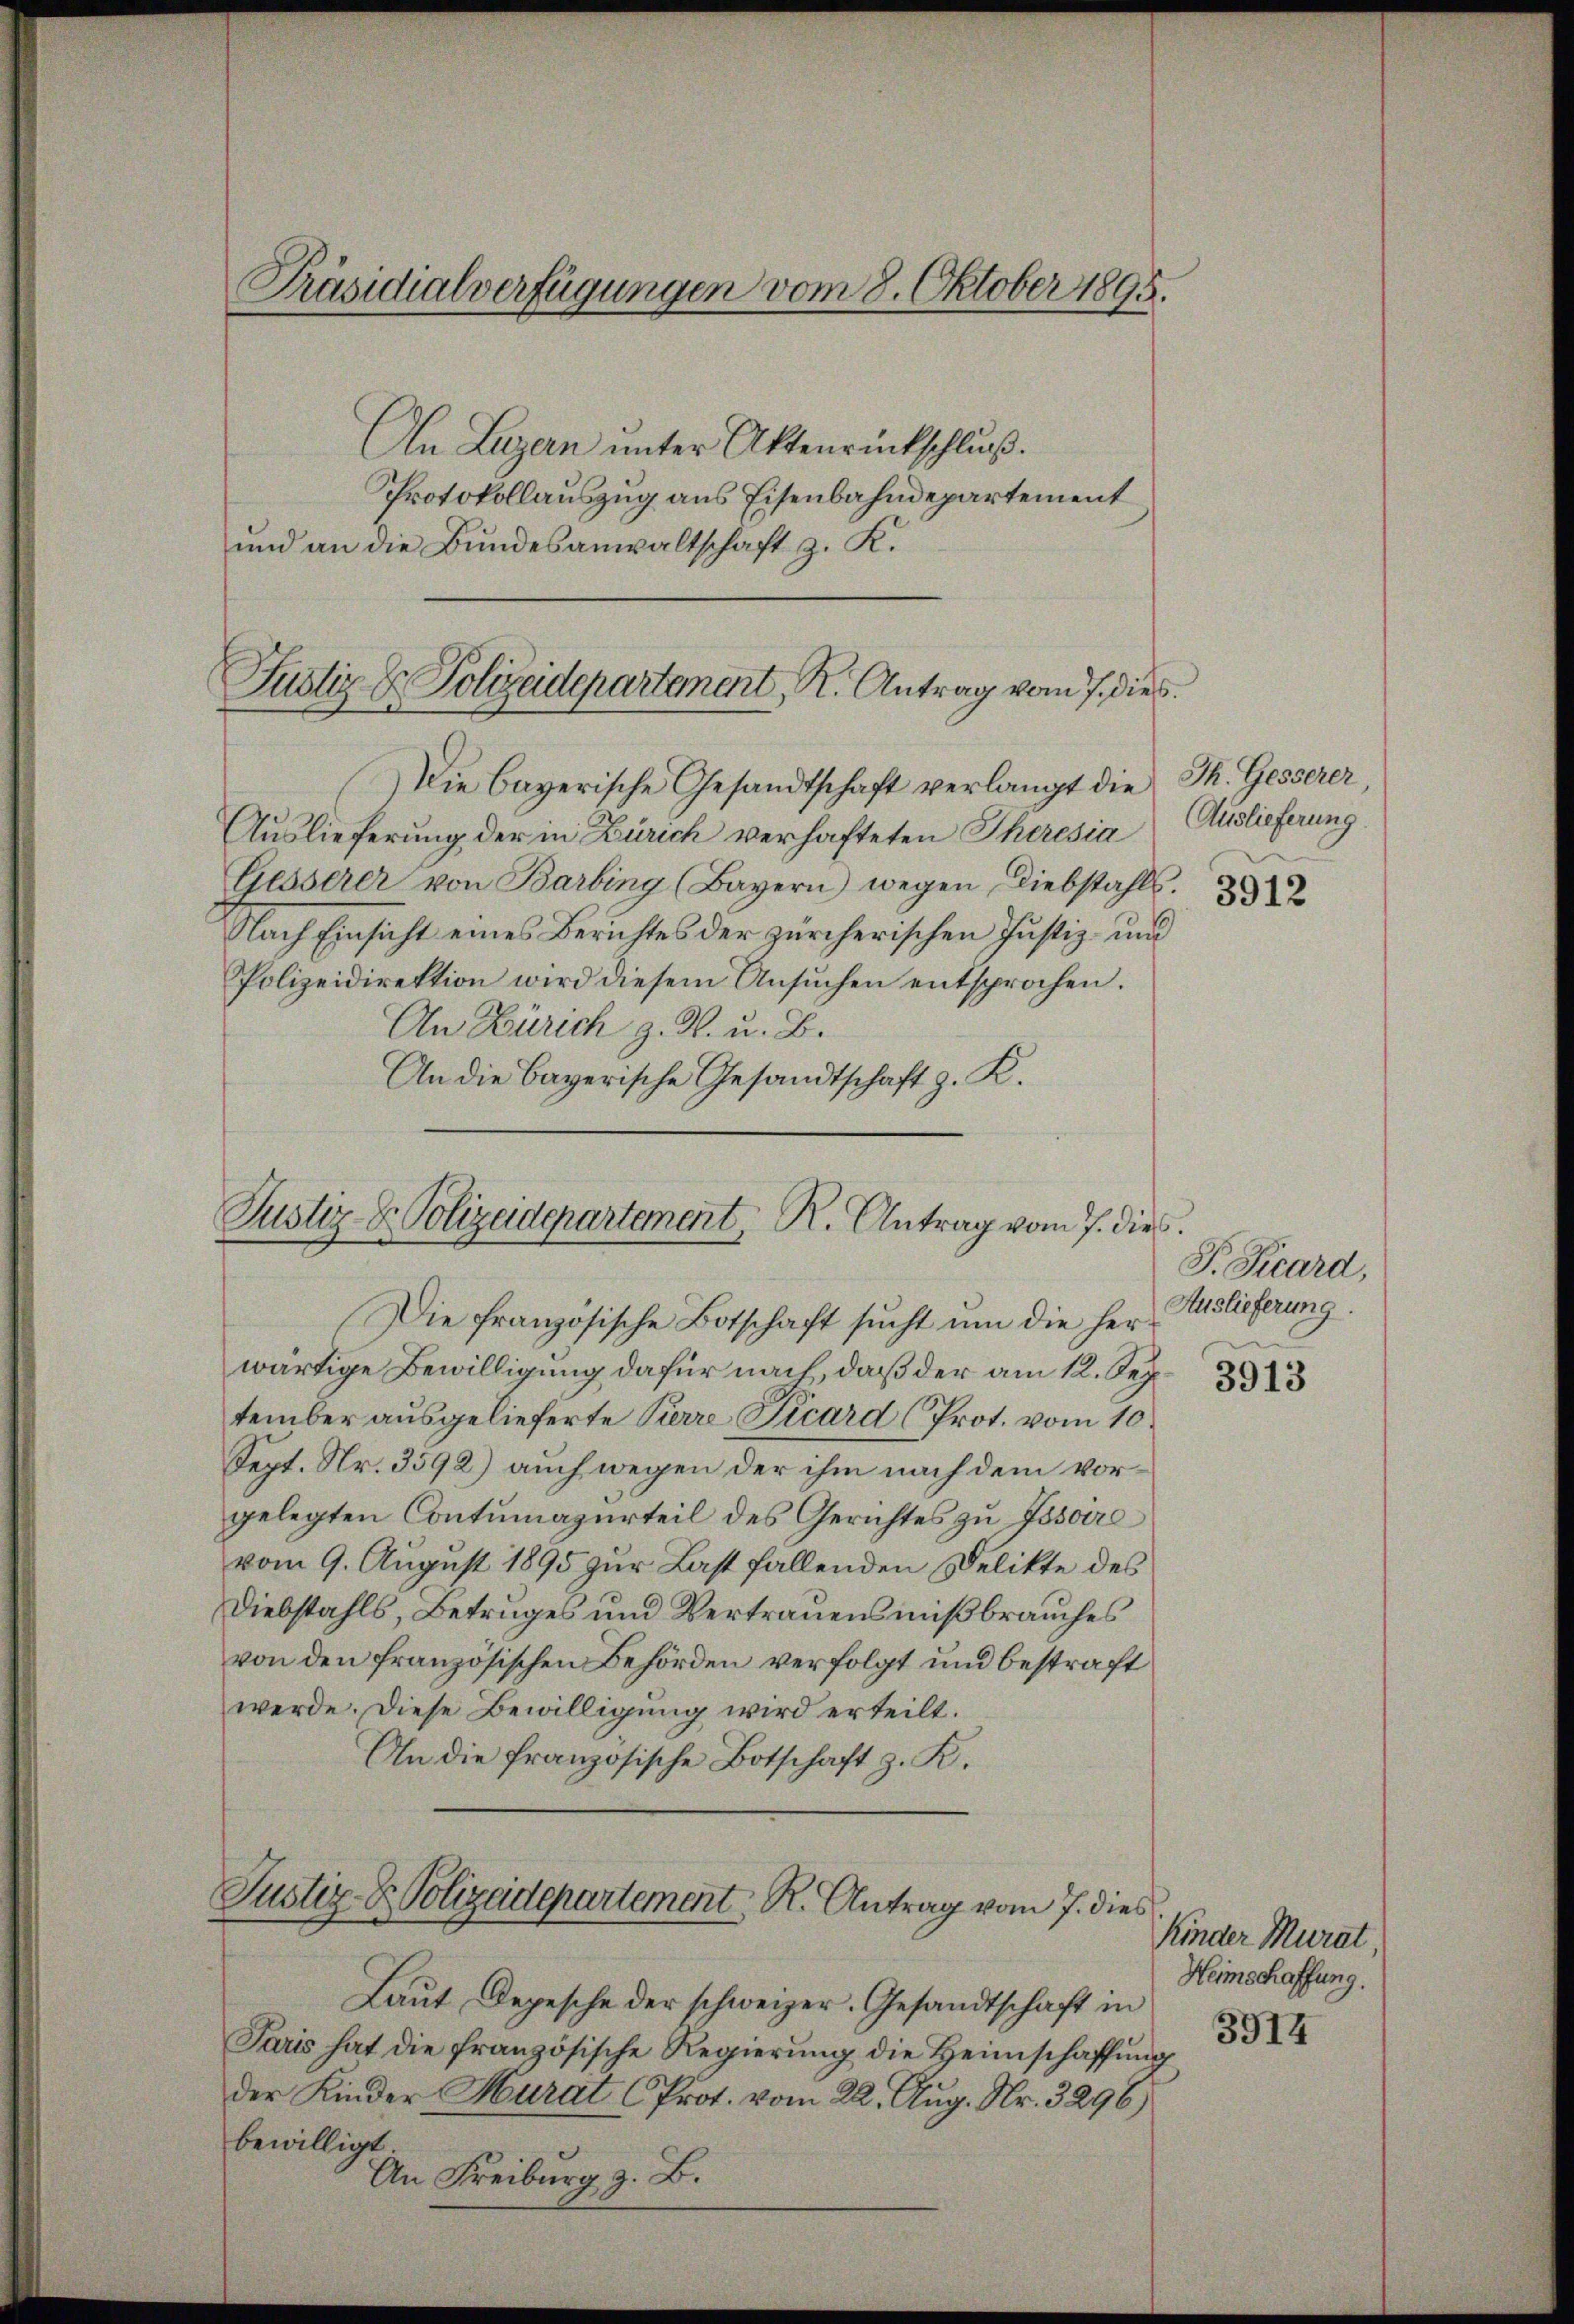
Präsidialverfügungen vom 8. Oktober 1895.

An Luzern unter Aktenrückschluß.
Protokollauszug aus Eisenbahndepartement
und an die Bundesanwaltschaft z. K.

Justiz & Polizeidepartement, R. Antrag vom 7. dies

Die bayerische Gesandtschaft verlangt die
Auslieferung der in Zürich verhafteten Theresia
Gesserer von Barbing (Bayern) wegen Diebstahls.
Nach Einsicht eines Berichtes der zürcherischen Justiz- und
Polizeidirektion wird diesem Ansŭchen entsprochen.
An Zürich z. W. u. B.
An die Bayerische Gesandtschaft z. K.

Justiz- & Polizeidepartement, R. Antrag vom 7. dies

Die französische Botschaft sucht um die herwärtige Bewilligung dafür nach, daß der am 12. Sep.
tember ausgelieferte Pierre Picard (Prot. vom 10.
Sept. Nr. 3592) auch wegen der ihm nach dem vorgelegten Contumazurteil des Gerichtes zu Jssoire
vom 9. August 1895 zur Last fallenden Delikte des
Diebstahls, Betruges und Vertrauensmißbrauches
von den französischen Behörden verfolgt und bestraft
werde. Diese Bewilligŭng wird erteilt.
An die französische Botschaft z. K.

Justiz- & Polizeidepartement, R. Antrag vom 7. dies

Laut Depesche der schweizer. Gesandtschaft in
Paris hat die französische Regierung die Heimschaffung
der Kinder Murat (Prot. vom 22. Aug. Nr. 3296)
bewilligt
An Freiburg z. B.

Th. Gesserer,
Auslieferung
3912

P. Kard,
Auslieferung.

3913

Kinder Murat,
Heimschaffung.
3914